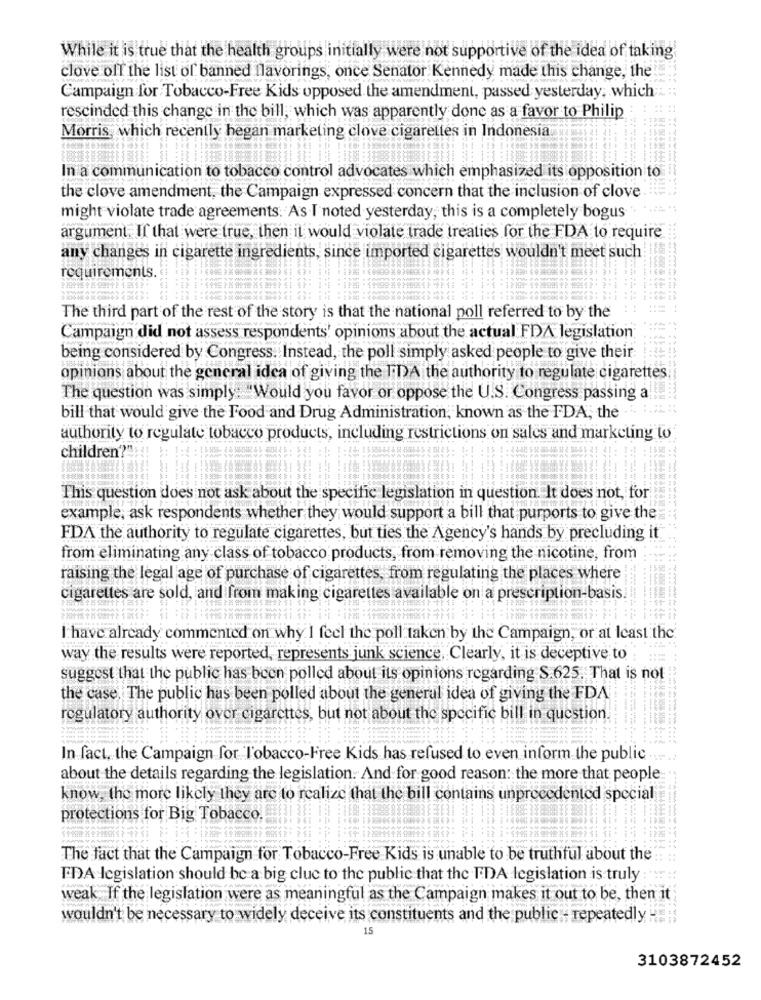
While it is true that the health groups initially were not supportive of the idea of taking
clave off the list of banned flavorings, once Senator Kennedy made this change, the
Campaign for Tobacco-Free Kids opposed the amendment, passed yesterday, which
rescinded this change in the bill, which was apparently done as a favor to Philip
Morris, which recently hegan marketing clove cigarettes in Indonesia
In a communication to tobacco control advocates which emphasized its opposition to
the clove amendment, the Campaign expressed concern that the inclusion of clove
might violate trade agreements. As I noted yesterday, this is a completely bogus
argument. If that were true, then il would violate trade treaties for the FDA to require
any changes in cigarette ingredients, since imported cigarettes wouldn't meet such
requirements
The third part of the rest of the story is that the national poll referred to by the
Campaign did not assess respondents' opinions about the actual FDA legislation
being considered by Congress. Instead, the poll simply asked people to give their
opinions about the general idea of giving the IDA the authority to regulate cigarettes
The question was simply: "Would you favor or oppose the U.S. Congress passing a
bill that would give the Food and Drug Administration, known as the FDA, the ..
authority to regulate tobacco products, including restrictions on sales and marketing to
children?"
This question does not ask about the specific legislation in question. It does not, for
example, ask respondents whether they would support a bill that purports to give the
FDA the authority to regulate cigarettes, but ties the Agency's hands by precluding it
from eliminating any class of tobacco products, from removing the nicotine, from
raising the legal age of purchase of cigarettes, from regulating the places where
cigarettes are sold, and from making cigarettes available on a prescription-basis.
I have already commented on why I feel the poll taken by the Campaign, or at least the.
way the results were reported, represents junk science, Clearly, it is deceptive to
suggest that the public has been polled about its opinions regarding S.625. That is not
the case, The public has been polled about the general idea of giving the FDA
regulatory authority over cigarettes, but not about the specific bill in question.
In fact, the Campaign for Tobacco-Free Kids has refused to even inform the public .....
about the details regarding the legislation. And for good reason: the more that people
know, the more likely they are to realize that the bill contains unprecedented special
protections for Big Tobacco.
The fact that the Campaign for Tobacco-Free Kids is unable to be truthful about the
FDA legislation should be a big clue to the public that the FDA legislation is truly :
weak.If the legislation were as meaningful as the Campaign makes it out to be, then it
wouldn't be necessary to widely deceive its constituents and the public - repeatedly ".
15
3103872452